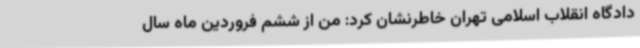
دادگاه انقلاب اسلامی تهران خاطرنشان کرد: من از ششم فروردین ماه سال